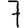
Digit: 7